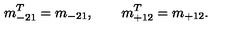
m _ { - 2 1 } ^ { T } = m _ { - 2 1 } , \qquad m _ { + 1 2 } ^ { T } = m _ { + 1 2 } .